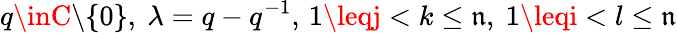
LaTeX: q\inC\backslash\{ 0\} ,\ \lambda=q-q^{-1},\, 1\leqj<k\leq\mathfrak{n},\ 1\leqi<l\leq\mathfrak{n}